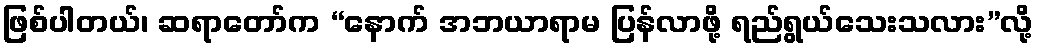
ဖြစ်ပါတယ်၊ ဆရာတော်က “နောက် အဘယာရာမ ပြန်လာဖို့ ရည်ရွယ်သေးသလား”လို့